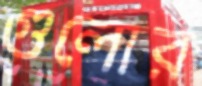
গুলোর